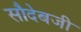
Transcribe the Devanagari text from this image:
सौदेबजी